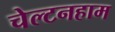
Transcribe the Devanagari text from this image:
चेल्टनहाम